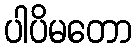
ပါပိမတော